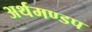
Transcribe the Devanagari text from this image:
अर्थमण्डप